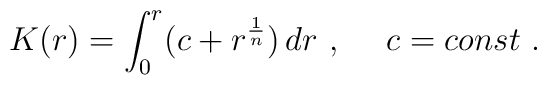
K(r) = \int_0^r (c + r^{1\over n})\, dr\ ,\ \ \ \ c = const\ .